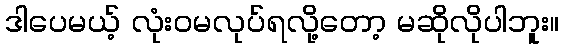
ဒါပေမယ့် လုံးဝမလုပ်ရလို့တော့ မဆိုလိုပါဘူး။